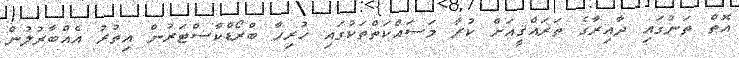
އޮތް ތަނުގައި ދާއިރާގެ ތަރައްޤީއަށް ކުރާ މަސައްކަތްތަކުގައި ހުރިހާ ބްރޯޑްކާސްޓަރުން އިތުރު އެއްބާރުލުން